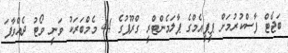
ބަޖެޓް ފާސްކުރުމަށް ޕީޕީއެމްގެ ޕާލަމެންޓްރީ ގްރޫޕުގެ 44 މެމްބަރަކު ވަނީ ވޯޓު ދެއްވާފަ